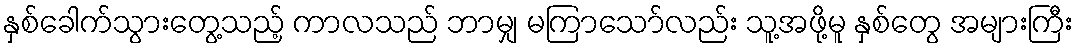
နှစ်ခေါက်သွားတွေ့သည့် ကာလသည် ဘာမျှ မကြာသော်လည်း သူ့အဖို့မူ နှစ်တွေ အများကြီး